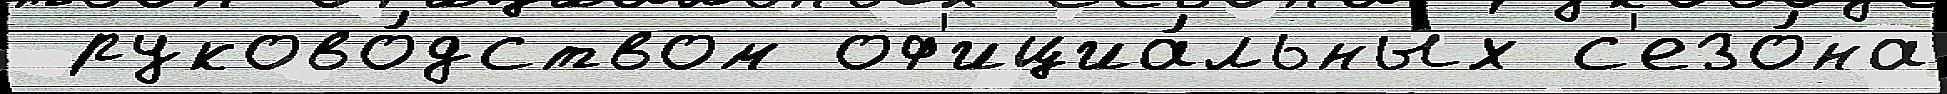
 руково́дством оф'ициа́льных с'езо́на